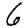
Digit: 6